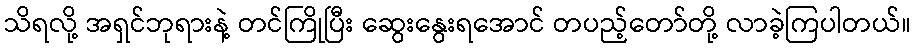
သိရလို့ အရှင်ဘုရားနဲ့ တင်ကြိုပြီး ဆွေးနွေးရအောင် တပည့်တော်တို့ လာခဲ့ကြပါတယ်။